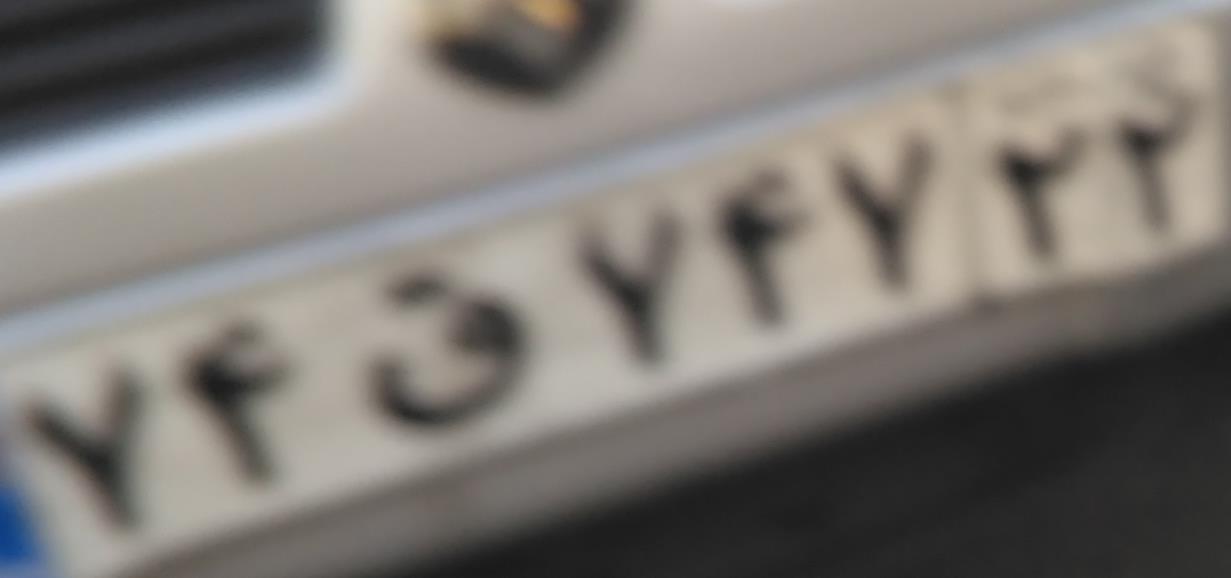
۷۴ق۷۴۷۲۲